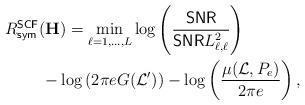
LaTeX: \begin{align*}R^{\sf SCF}_{\sf sym}(\mathbf{H}) &= \min_{\ell = 1, \dots, L} \log\left( \frac{{\sf SNR}}{{\sf SNR} L_{\ell, \ell}^2 } \right) \\&\!\!\!\!\!\!\!\!\!- \log\left( 2 \pi e G(\mathcal{L}') \right) - \log\left( \frac{\mu(\mathcal{L}, P_e)}{2 \pi e} \right),\end{align*}